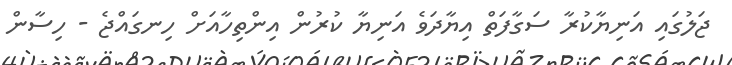
ޖަލުގައި އަނިޔާކުރާ ސަގާފަތް އިޔާދަވެ އަނިޔާ ކުރުން އިންތިހާއަށް ހިނގައްޖެ - ހިސާން